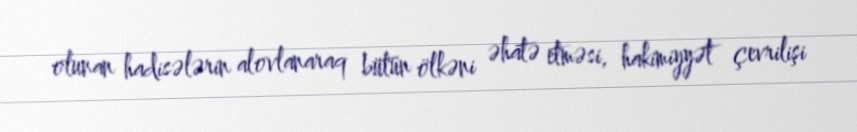
olunan hadisələrin alovlanaraq bütün ölkəni əhatə etməsi, hakimiyyət çevrilişi